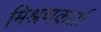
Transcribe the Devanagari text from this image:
मिश्रणकर्ता